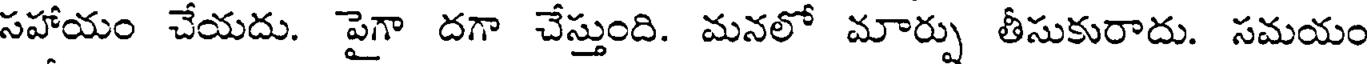
సహాయం చేయదు. పైగా దగా చేస్తుంది. మనలో మార్పు తీసుకురాదు. సమయం